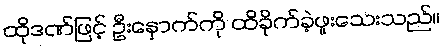
ထိုဒဏ်ဖြင့် ဦးနှောက်ကို ထိခိုက်ခဲ့ဖူးသေးသည်။